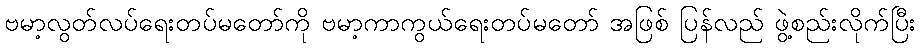
ဗမာ့လွတ်လပ်ရေးတပ်မတော်ကို ဗမာ့ကာကွယ်ရေးတပ်မတော် အဖြစ် ပြန်လည် ဖွဲ့စည်းလိုက်ပြီး